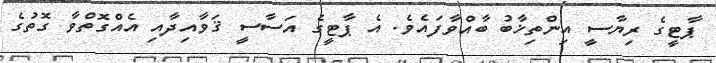
ޕާޓީގެ ރިޔާސީ އިންތިޚާބު ބާއްވާފައެވެ. އެ ޕާޓީގެ އަސާސީ ޤަވާއިދާއި އެއްގޮތްވާ ގޮތުގެ